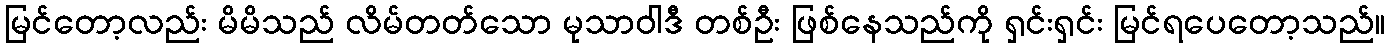
မြင်တော့လည်း မိမိသည် လိမ်တတ်သော မုသာဝါဒီ တစ်ဦး ဖြစ်နေသည်ကို ရှင်းရှင်း မြင်ရပေတော့သည်။